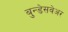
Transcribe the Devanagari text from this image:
बुन्डेसवेअर